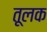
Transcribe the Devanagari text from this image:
तूलक